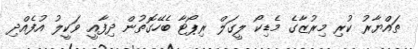
ތައްޔާރު ކުރި މިރުޒާގެ މެޑިކޯ ލީގަލް ރިޕޯޓާ ބެހޭގޮތުން ދިފާއީ ވަކީލު އުފެއްދި